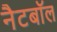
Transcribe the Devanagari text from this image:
नैटबॉल